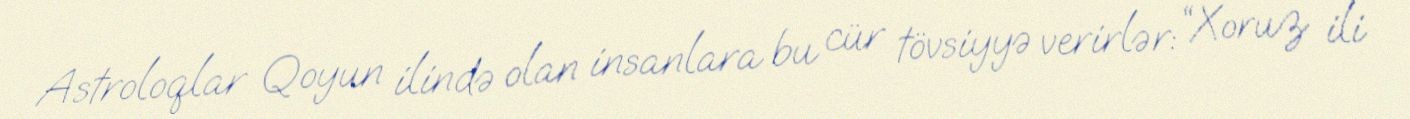
Astroloqlar Qoyun ilində olan insanlara bu cür tövsiyyə verirlər: “Xoruz ili